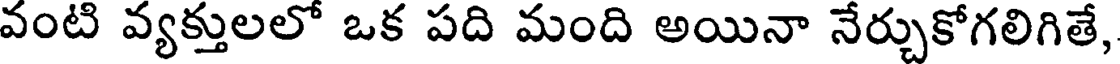
వంటి వ్యక్తులలో ఒక పది మంది అయినా నేర్చుకోగలిగితే,